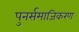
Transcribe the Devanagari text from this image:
पुनर्समाजिकरण